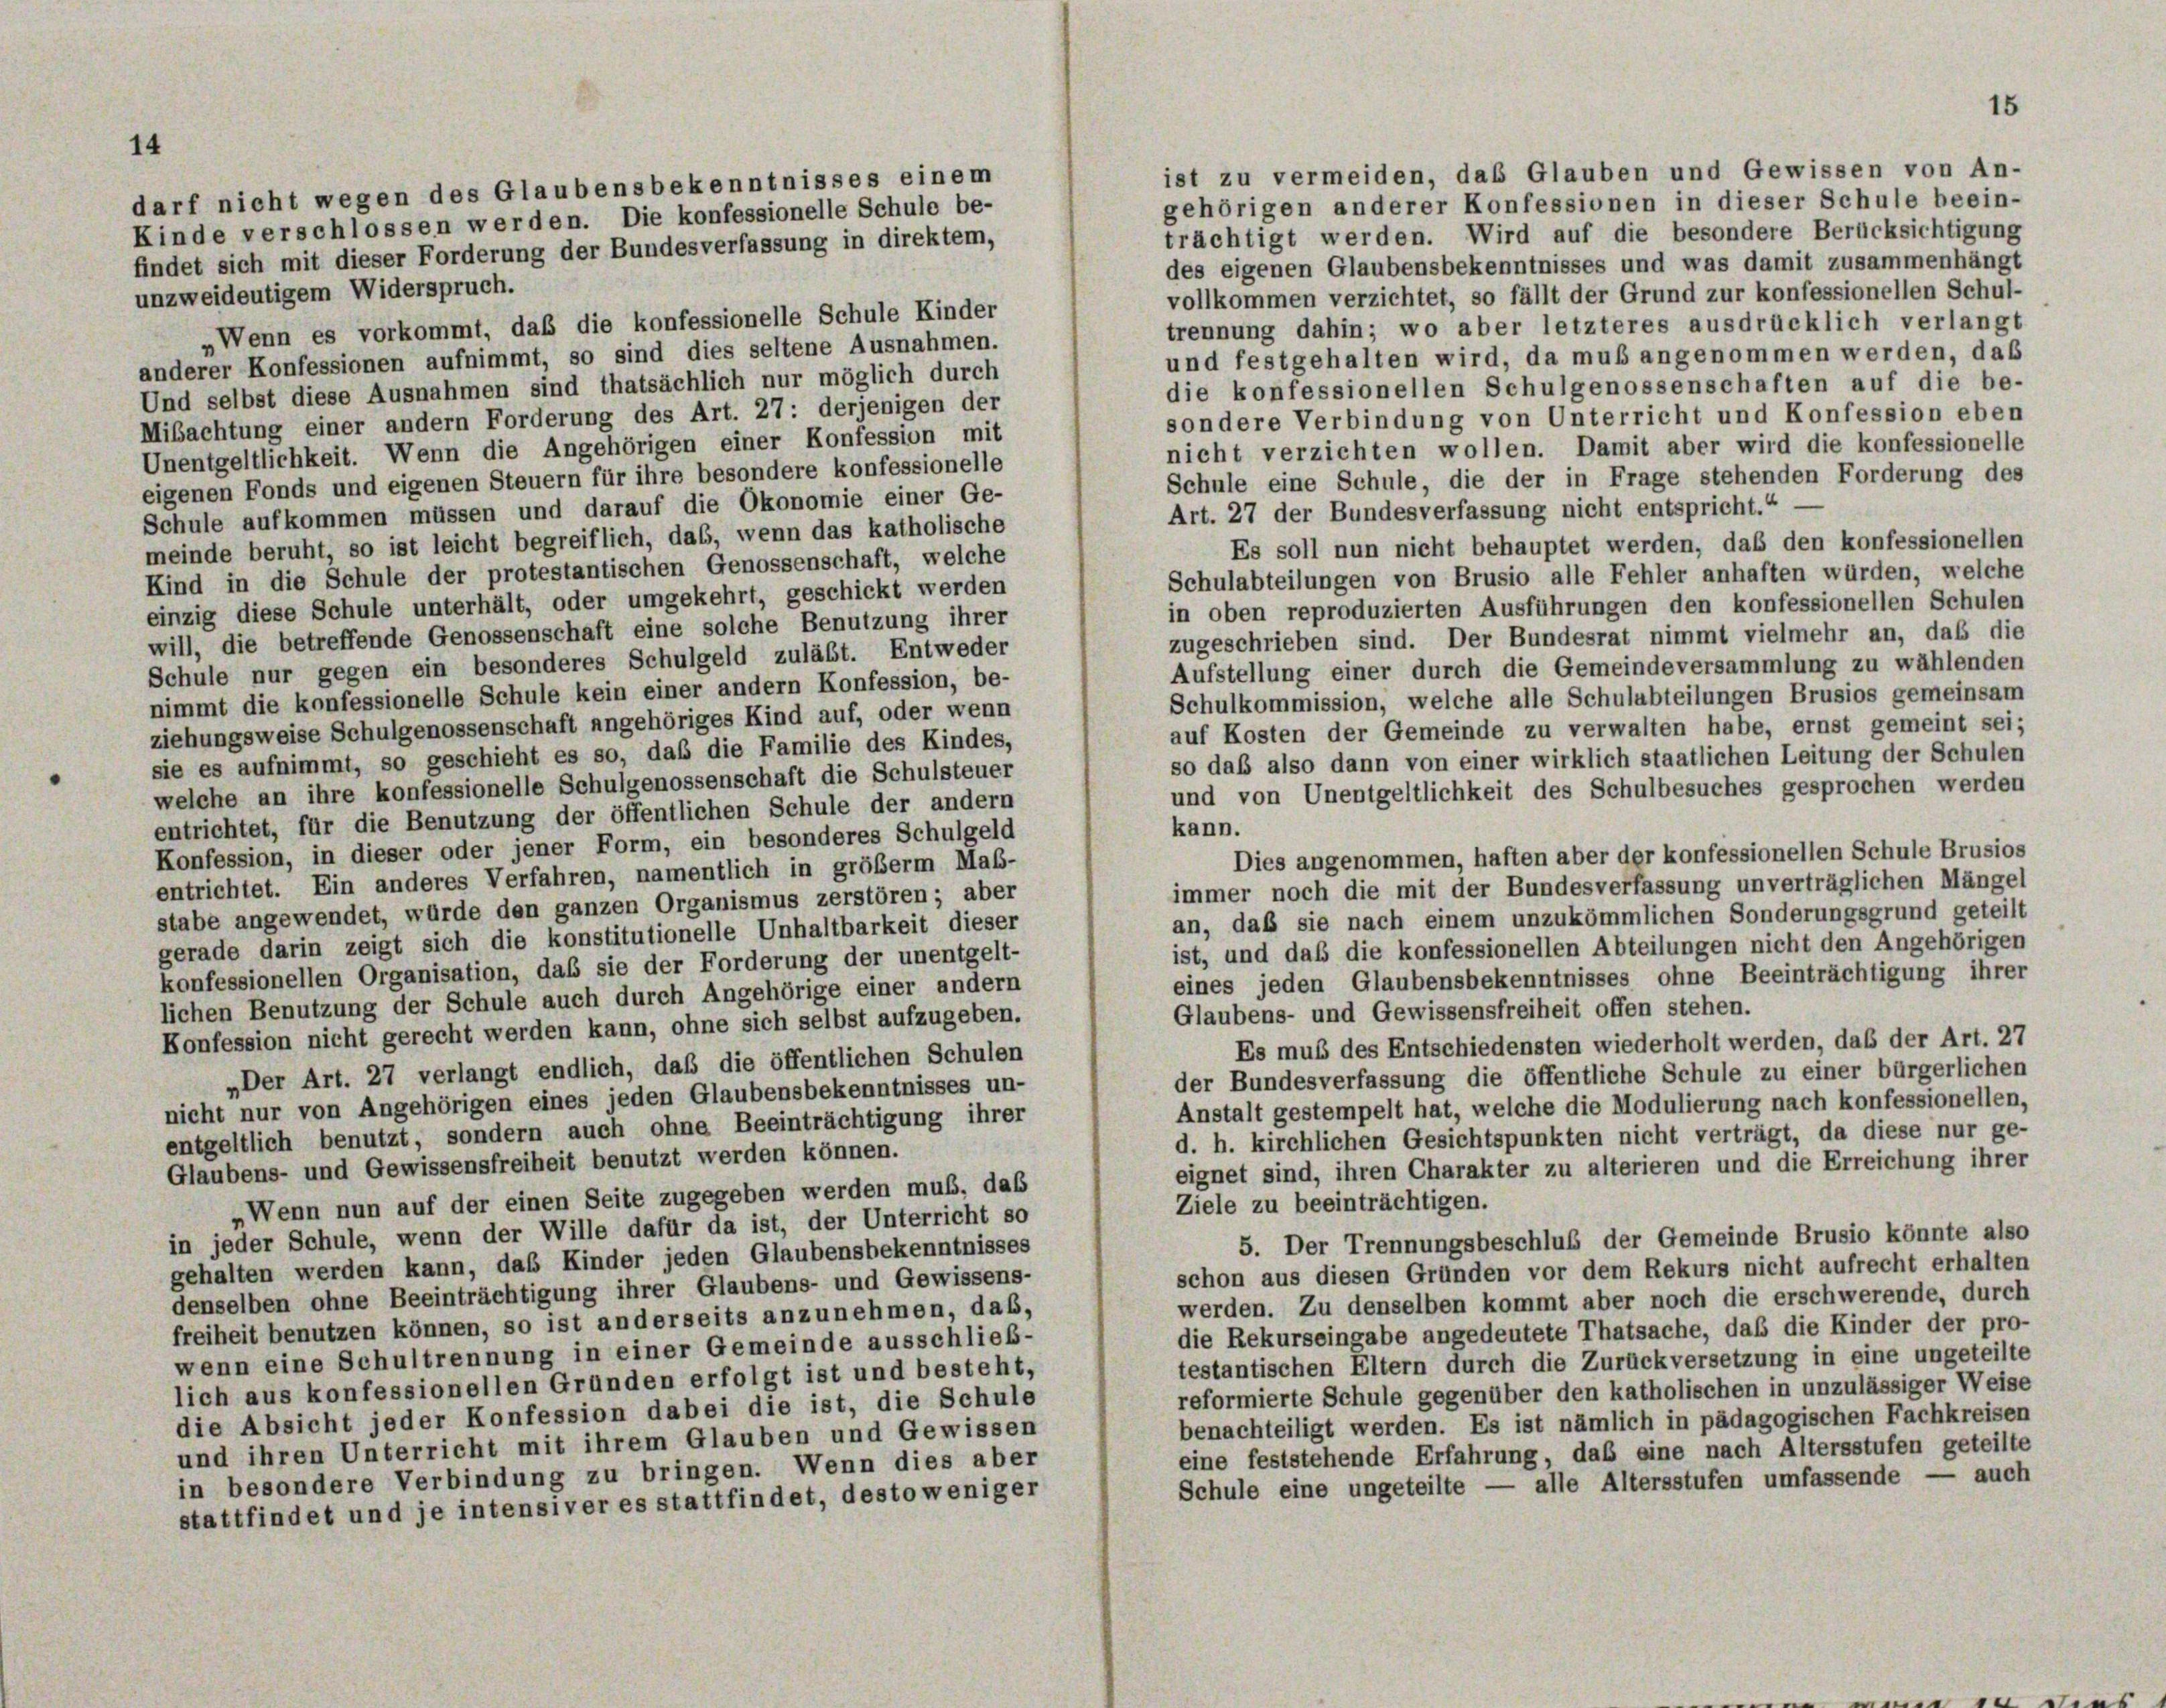
ist zu vermeiden, daß Glauben und Gewissen von An-
gehörigen anderer Konfessionen in dieser Schule beein-
trächtigt werden. Wird auf die besondere Berücksichtigung
des eigenen Glaubensbekenntnisses und was damit zusammenhängt
unzweideutigem Widerspruch.
vollkommen verzichtet, so fällt der Grund zur konfessionellen Schul-
Wenn es vorkommt, daß die konfessionelle Schule Kinder
trennung dahin; wo aber letzteres ausdrücklich verlangt
und festgehalten wird, da muß angenommen werden, daß
anderer Konfessionen aufnimmt, so sind dies seltene Ausnahmen.
die konfessionellen Schulgenossenschaften auf die be-
Und selbst diese Ausnahmen sind thatsächlich nur möglich durch
sondere Verbindung von Unterricht und Konfession eben
Mibachtung einer andern Forderung des Art. 27: derjenigen der
nicht verzichten wollen. Damit aber wird die konfessionelle
Unentgeltlichkeit. Wenn die Angehörigen einer Konfession mit
Schule eine Schule, die der in Frage stehenden Forderung des
eigenen Fonds und eigenen Steuern für ihre besondere konfessionelle
Schule aufkommen müssen und darauf die Ökonomie einer Ge-
Art. 27 der Bundesverfassung nicht entspricht.“
meinde beruht, so ist leicht begreiflich, das, wenn das katholische
Es soll nun nicht behauptet werden, daß den konfessionellen
Kind in die Schule der protestantischen Genossenschaft, welche
Schulabteilungen von Brusio alle Fehler anhaften würden, welche
einzig diese Schule unterhält, oder umgekehrt, geschickt werden
in oben reproduzierten Ausführungen den konfessionellen Schulen
will, die betreffende Genossenschaft eine solche Benutzung ihrer
zugeschrieben sind. Der Bundesrat nimmt vielmehr an, daß die
Schule nur gegen ein besonderes Schulgeld zuläbt. Entweder
Aufstellung einer durch die Gemeindeversammlung zu wählenden
nimmt die konfessionelle Schule kein einer andern Konfession, be-
Schulkommission, welche alle Schulabteilungen Brusios gemeinsam
ziehungsweise Schulgenossenschaft angehöriges Kind auf, oder wenn
auf Kosten der Gemeinde zu verwalten habe, ernst gemeint sei;
sie es aufnimmt, so geschieht es so, daß die Familie des Kindes,
so daß also dann von einer wirklich staatlichen Leitung der Schulen
welche an ihre konfessionelle Schulgenossenschaft die Schulsteuer
und von Unentgeltlichkeit des Schulbesuches gesprochen werden
entrichtet, für die Benutzung der öffentlichen Schule der andern
kann.
Konfession, in dieser oder jener Form, ein besonderes Schulgeld
Dies angenommen, haften aber der konfessionellen Schule Brusios
entrichtet. Ein anderes Verfahren, namentlich in größerm Maß-
immer noch die mit der Bundesverfassung unverträglichen Mängel
stabe angewendet, würde den ganzen Organismus zerstören; aber
an, daß sie nach einem unzukömmlichen Sonderungsgrund geteilt
gerade darin zeigt sich die konstitutionelle Unhaltbarkeit dieser
ist, und daß die konfessionellen Abteilungen nicht den Angehörigen
konfessionellen Organisation, daß sie der Forderung der unentgelt-
eines jeden Glaubensbekenntnisses ohne Beeinträchtigung ihrer
lichen Benutzung der Schule auch durch Angehörige einer andern
Glaubens- und Gewissensfreiheit offen stehen.
Konfession nicht gerecht werden kann, ohne sich selbst aufzugeben.
Es muß des Entschiedensten wiederholt werden, daß der Art. 27
„Der Art. 27 verlangt endlich, daß die öffentlichen Schulen
der Bundesverfassung die öffentliche Schule zu einer bürgerlichen
nicht nur von Angehörigen eines jeden Glaubensbekenntnisses un-
Anstalt gestempelt hat, welche die Modulierung nach konfessionellen,
entgeltlich benutzt, sondern auch ohne Beeinträchtigung ihrer
d. h. kirchlichen Gesichtspunkten nicht verträgt, da diese nur ge-
Glaubens- und Gewissensfreiheit benutzt werden können.
eignet sind, ihren Charakter zu alterieren und die Erreichung ihrer
„Wenn nun auf der einen Seite zugegeben werden muß, das
Ziele zu beeinträchtigen.
in jeder Schule, wenn der Wille dafür da ist, der Unterricht so
5. Der Trennungsbeschluß der Gemeinde Brusio könnte also
gehalten werden kann, das Kinder jeden Glaubensbekenntnisses
schon aus diesen Gründen vor dem Rekurs nicht aufrecht erhalten
denselben ohne Beeinträchtigung ihrer Glaubens- und Gewissens-
werden. Zu denselben kommt aber noch die erschwerende, durch
freiheit benutzen können, so ist anderseits anzunehmen, das,
die Rekurseingabe angedeutete Thatsache, daß die Kinder der pro-
wenn eine Schultrennung in einer Gemeinde ausschließ-
testantischen Eltern durch die Zurückversetzung in eine ungeteilte
lich aus konfessionellen Gründen erfolgt ist und besteht,
reformierte Schule gegenüber den katholischen in unzulässiger Weise
die Absicht jeder Konfession dabei die ist, die Schule
benachteiligt werden. Es ist nämlich in pädagogischen Fachkreisen
und ihren Unterricht mit ihrem Glauben und Gewissen
eine feststehende Erfahrung, daß eine nach Altersstufen geteilte
in besondere Verbindung zu bringen. Wenn dies aber
Schule eine ungeteilte — alle Altersstufen umfassende — auch
stattfindet und je intensiver es stattfindet, desto weniger

14
darf nicht wegen des Glaubensbekenntnisses einem
Kinde verschlossen werden. Die konfessionelle Schule be-
findet sich mit dieser Forderung der Bundesverfassung in direktem,

15